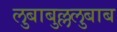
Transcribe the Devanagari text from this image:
लुबाबुल्ललुबाब